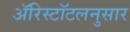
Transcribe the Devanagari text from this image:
ॲरिस्टॉटलनुसार